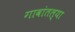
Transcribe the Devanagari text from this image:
गावांतल्या